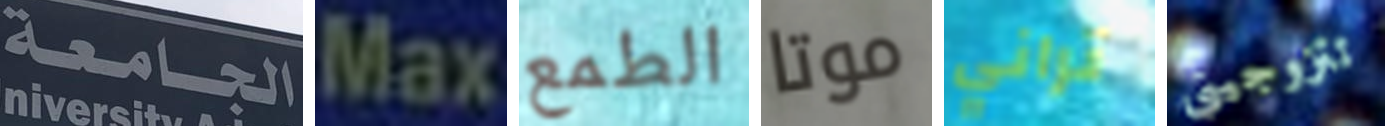
الجامعة Max الطمع موتا تراني تتزوجيني